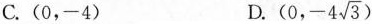
C.(0，-4) D. (0,-4 \sqrt{3})